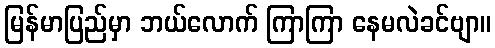
မြန်မာပြည်မှာ ဘယ်လောက် ကြာကြာ နေမလဲခင်ဗျာ။